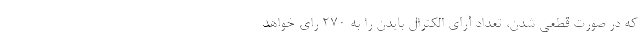
که در صورت قطعی شدن، تعداد آرای الکترال بایدن را به ۲۷۰ رای خواهد